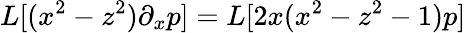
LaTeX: L[(x^{2}-z^{2})\partial_{x}p]=L[2x(x^{2}-z^{2}-1)p]